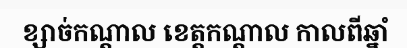
ខ្សាច់កណ្តាល ខេត្តកណ្តាល កាលពីឆ្នាំ